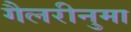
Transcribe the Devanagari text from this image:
गैलरीनुमा